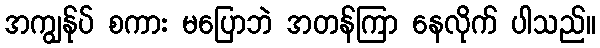
အကျွန်ုပ် စကား မပြောဘဲ အတန်ကြာ နေလိုက် ပါသည်။